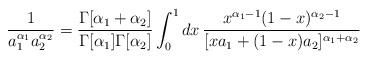
\begin{align*}\frac{1}{a_{1}^{\alpha_1} a_{2}^{\alpha_2}}= \frac{\Gamma[\alpha_1+\alpha_2]}{\Gamma[\alpha_1]\Gamma[\alpha_2]} \int_{0}^{1} d x \,\frac {x^{\alpha_1-1} (1-x)^{\alpha_2-1}}{[x a_1 + (1-x) a_2]^{ \alpha_1+\alpha_2}}\end{align*}